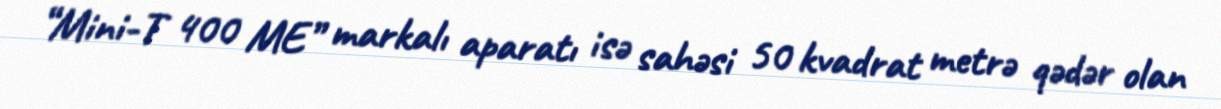
“Mini-T 400 ME” markalı aparatı isə sahəsi 50 kvadrat metrə qədər olan